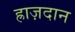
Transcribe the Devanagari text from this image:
ह्राज़दान